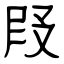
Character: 叚